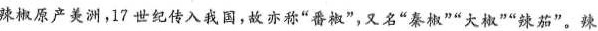
”辣椒原产美洲，17世纪传入我国，故亦称”番椒”，又名”秦椒””大椒””辣茄”。辣